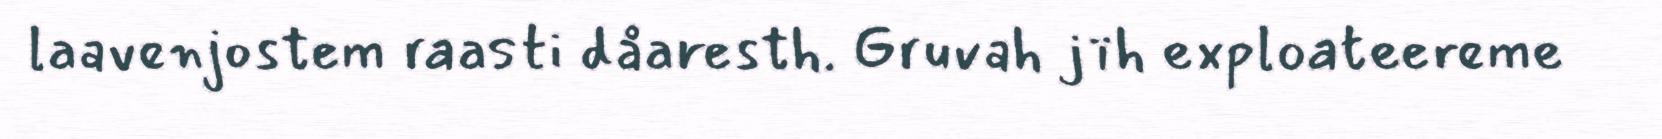
laavenjostem raasti dåaresth. Gruvah jïh exploateereme